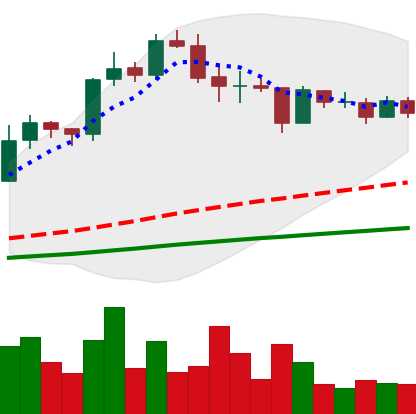
Ticker: LINK-USD
Chart end date: 2020-08-27
Forward return: 11.2%
Label: up_7plus